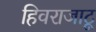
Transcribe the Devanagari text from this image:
हिवराजाटू